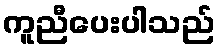
ကူညီပေးပါသည်